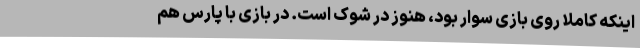
اینکه کاملا روی بازی سوار بود، هنوز در شوک است. در بازی با پارس هم